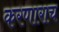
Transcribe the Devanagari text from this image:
करणाराच